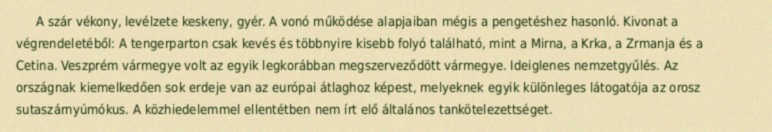
A szár vékony, levélzete keskeny, gyér. A vonó működése alapjaiban mégis a pengetéshez hasonló. Kivonat a végrendeletéből: A tengerparton csak kevés és többnyire kisebb folyó található, mint a Mirna, a Krka, a Zrmanja és a Cetina. Veszprém vármegye volt az egyik legkorábban megszerveződött vármegye. Ideiglenes nemzetgyűlés. Az országnak kiemelkedően sok erdeje van az európai átlaghoz képest, melyeknek egyik különleges látogatója az orosz sutaszárnyúmókus. A közhiedelemmel ellentétben nem írt elő általános tankötelezettséget.